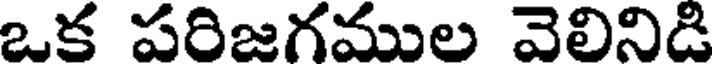
ఒక పరిజగముల వెలినిడి